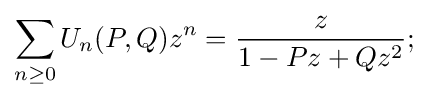
\sum _{n\geq 0}U_{n}(P,Q)z^{n}={\frac {z}{1-Pz+Qz^{2}}};